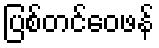
ပြစ်တင်ဝေဖန်